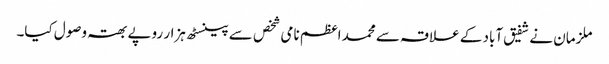
ملزمان نے شفیق آباد کے علاقہ سے محمد اعظم نامی شخص سے پینسٹھ ہزار روپے بھتہ وصول کیا۔